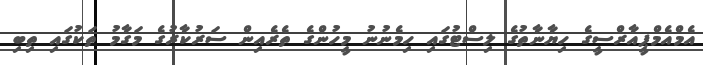
އެމްއެމްޕީއާރްސީގެ ހިޔާނާތުގެ ލިސްޓުގައި ހިމެނުނު މީހުންގެ ތެރެއިން ސަރުކާރުގެ މަގާމު ތަކުގައި ތިބި